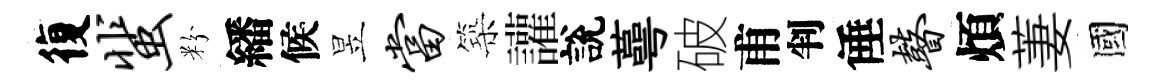
復蜚粉繙候昱当築讙說蕚破甫判倕瞽煩萋國